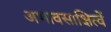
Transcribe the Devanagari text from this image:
अभावसाक्षित्वें